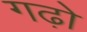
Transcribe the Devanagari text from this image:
गढ़ो